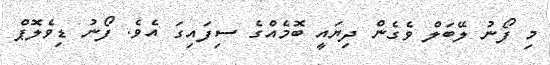
މި ފޯނު ލޭބަލް ވެގެން ދިޔައީ ބޮމެއްގެ ސިފައިގަ އެވެ. ފޯނު ޑިވެލޮޕް